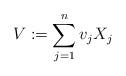
LaTeX: \begin{align*}V:=\sum_{j=1}^n v_j X_j\end{align*}